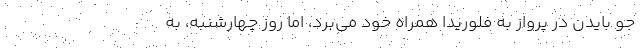
جو بایدن در پرواز به فلوریدا همراه خود می‌برد، اما روز چهارشنبه، به